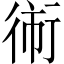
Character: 𱜫